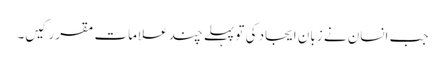
جب انسان نے زبان ایجاد کی تو پہلے چند علامات مقرر کیں۔